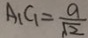
A _ { 1 } C _ { 1 } = \frac { a } { \sqrt { 2 } }